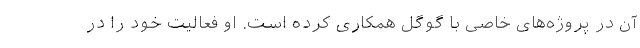
آن در پروژه‌های خاصی با گوگل همکاری کرده است. او فعالیت خود را در